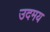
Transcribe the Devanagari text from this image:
उदमय